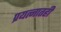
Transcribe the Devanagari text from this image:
प्रयत्नातही